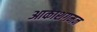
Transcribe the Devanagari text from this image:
आकाशगमन